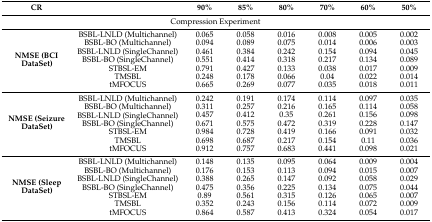
<table><thead><tr><td><b>CR</b></td><td></td><td><b>90%</b></td><td><b>85%</b></td><td><b>80%</b></td><td><b>70%</b></td><td><b>60%</b></td><td><b>50%</b></td></tr></thead><tbody><tr><td colspan="8">Compression Experiment</td></tr><tr><td rowspan="7"><b>NMSE (BCI DataSet)</b></td><td>BSBL-LNLD (Multichannel)</td><td>0.065</td><td>0.058</td><td>0.016</td><td>0.008</td><td>0.005</td><td>0.002</td></tr><tr><td>BSBL-BO (Multichannel)</td><td>0.094</td><td>0.089</td><td>0.075</td><td>0.014</td><td>0.006</td><td>0.003</td></tr><tr><td>BSBL-LNLD (SingleChannel)</td><td>0.461</td><td>0.384</td><td>0.242</td><td>0.154</td><td>0.094</td><td>0.045</td></tr><tr><td>BSBL-BO (SingleChannel)</td><td>0.551</td><td>0.414</td><td>0.318</td><td>0.217</td><td>0.134</td><td>0.089</td></tr><tr><td>STBSL-EM</td><td>0.791</td><td>0.427</td><td>0.133</td><td>0.038</td><td>0.017</td><td>0.009</td></tr><tr><td>TMSBL</td><td>0.248</td><td>0.178</td><td>0.066</td><td>0.04</td><td>0.022</td><td>0.014</td></tr><tr><td>tMFOCUS</td><td>0.665</td><td>0.269</td><td>0.077</td><td>0.035</td><td>0.018</td><td>0.011</td></tr><tr><td rowspan="7"><b>NMSE (Seizure DataSet)</b></td><td>BSBL-LNLD (Multichannel)</td><td>0.242</td><td>0.191</td><td>0.174</td><td>0.114</td><td>0.097</td><td>0.035</td></tr><tr><td>BSBL-BO (Multichannel)</td><td>0.311</td><td>0.257</td><td>0.216</td><td>0.165</td><td>0.114</td><td>0.058</td></tr><tr><td>BSBL-LNLD (SingleChannel)</td><td>0.457</td><td>0.412</td><td>0.35</td><td>0.261</td><td>0.156</td><td>0.098</td></tr><tr><td>BSBL-BO (SingleChannel)</td><td>0.671</td><td>0.575</td><td>0.472</td><td>0.319</td><td>0.228</td><td>0.147</td></tr><tr><td>STBSL-EM</td><td>0.984</td><td>0.728</td><td>0.419</td><td>0.166</td><td>0.091</td><td>0.032</td></tr><tr><td>TMSBL</td><td>0.698</td><td>0.687</td><td>0.217</td><td>0.154</td><td>0.11</td><td>0.036</td></tr><tr><td>tMFOCUS</td><td>0.912</td><td>0.757</td><td>0.683</td><td>0.441</td><td>0.098</td><td>0.021</td></tr><tr><td rowspan="7"><b>NMSE (Sleep DataSet)</b></td><td>BSBL-LNLD (Multichannel)</td><td>0.148</td><td>0.135</td><td>0.095</td><td>0.064</td><td>0.009</td><td>0.004</td></tr><tr><td>BSBL-BO (Multichannel)</td><td>0.176</td><td>0.153</td><td>0.113</td><td>0.094</td><td>0.015</td><td>0.007</td></tr><tr><td>BSBL-LNLD (SingleChannel)</td><td>0.388</td><td>0.265</td><td>0.147</td><td>0.092</td><td>0.058</td><td>0.029</td></tr><tr><td>BSBL-BO (SingleChannel)</td><td>0.475</td><td>0.356</td><td>0.225</td><td>0.134</td><td>0.075</td><td>0.044</td></tr><tr><td>STBSL-EM</td><td>0.89</td><td>0.561</td><td>0.315</td><td>0.126</td><td>0.065</td><td>0.007</td></tr><tr><td>TMSBL</td><td>0.352</td><td>0.243</td><td>0.156</td><td>0.114</td><td>0.072</td><td>0.009</td></tr><tr><td>tMFOCUS</td><td>0.864</td><td>0.587</td><td>0.413</td><td>0.324</td><td>0.054</td><td>0.017</td></tr></tbody></table>